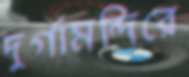
দুর্গামন্দিরে